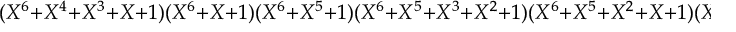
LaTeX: ( X ^ { 6 } + X ^ { 4 } + X ^ { 3 } + X + 1 ) ( X ^ { 6 } + X + 1 ) ( X ^ { 6 } + X ^ { 5 } + 1 ) ( X ^ { 6 } + X ^ { 5 } + X ^ { 3 } + X ^ { 2 } + 1 ) ( X ^ { 6 } + X ^ { 5 } + X ^ { 2 } + X + 1 ) ( X ^ { 6 } + X ^ { 5 } + X ^ { 4 } + X + 1 ) ,